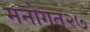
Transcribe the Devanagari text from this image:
मनोगत२७